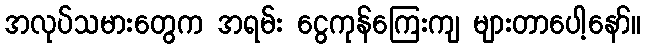
အလုပ်သမားတွေက အရမ်း ငွေကုန်ကြေးကျ များတာပေါ့နော်။